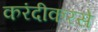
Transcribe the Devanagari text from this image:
करंदीकरसे